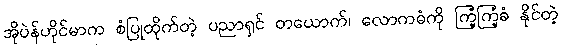
အိုပဲန်ဟိုင်မာက စံပြုထိုက်တဲ့ ပညာရှင် တယောက်၊ လောကဓံကို ကြံ့ကြံ့ခံ နိုင်တဲ့